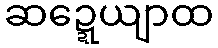
ဆဍ္ဍေယျာထ